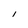
Character: I